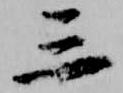
三